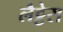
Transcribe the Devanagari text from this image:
लैट्टेस